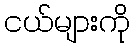
ငယ်များကို